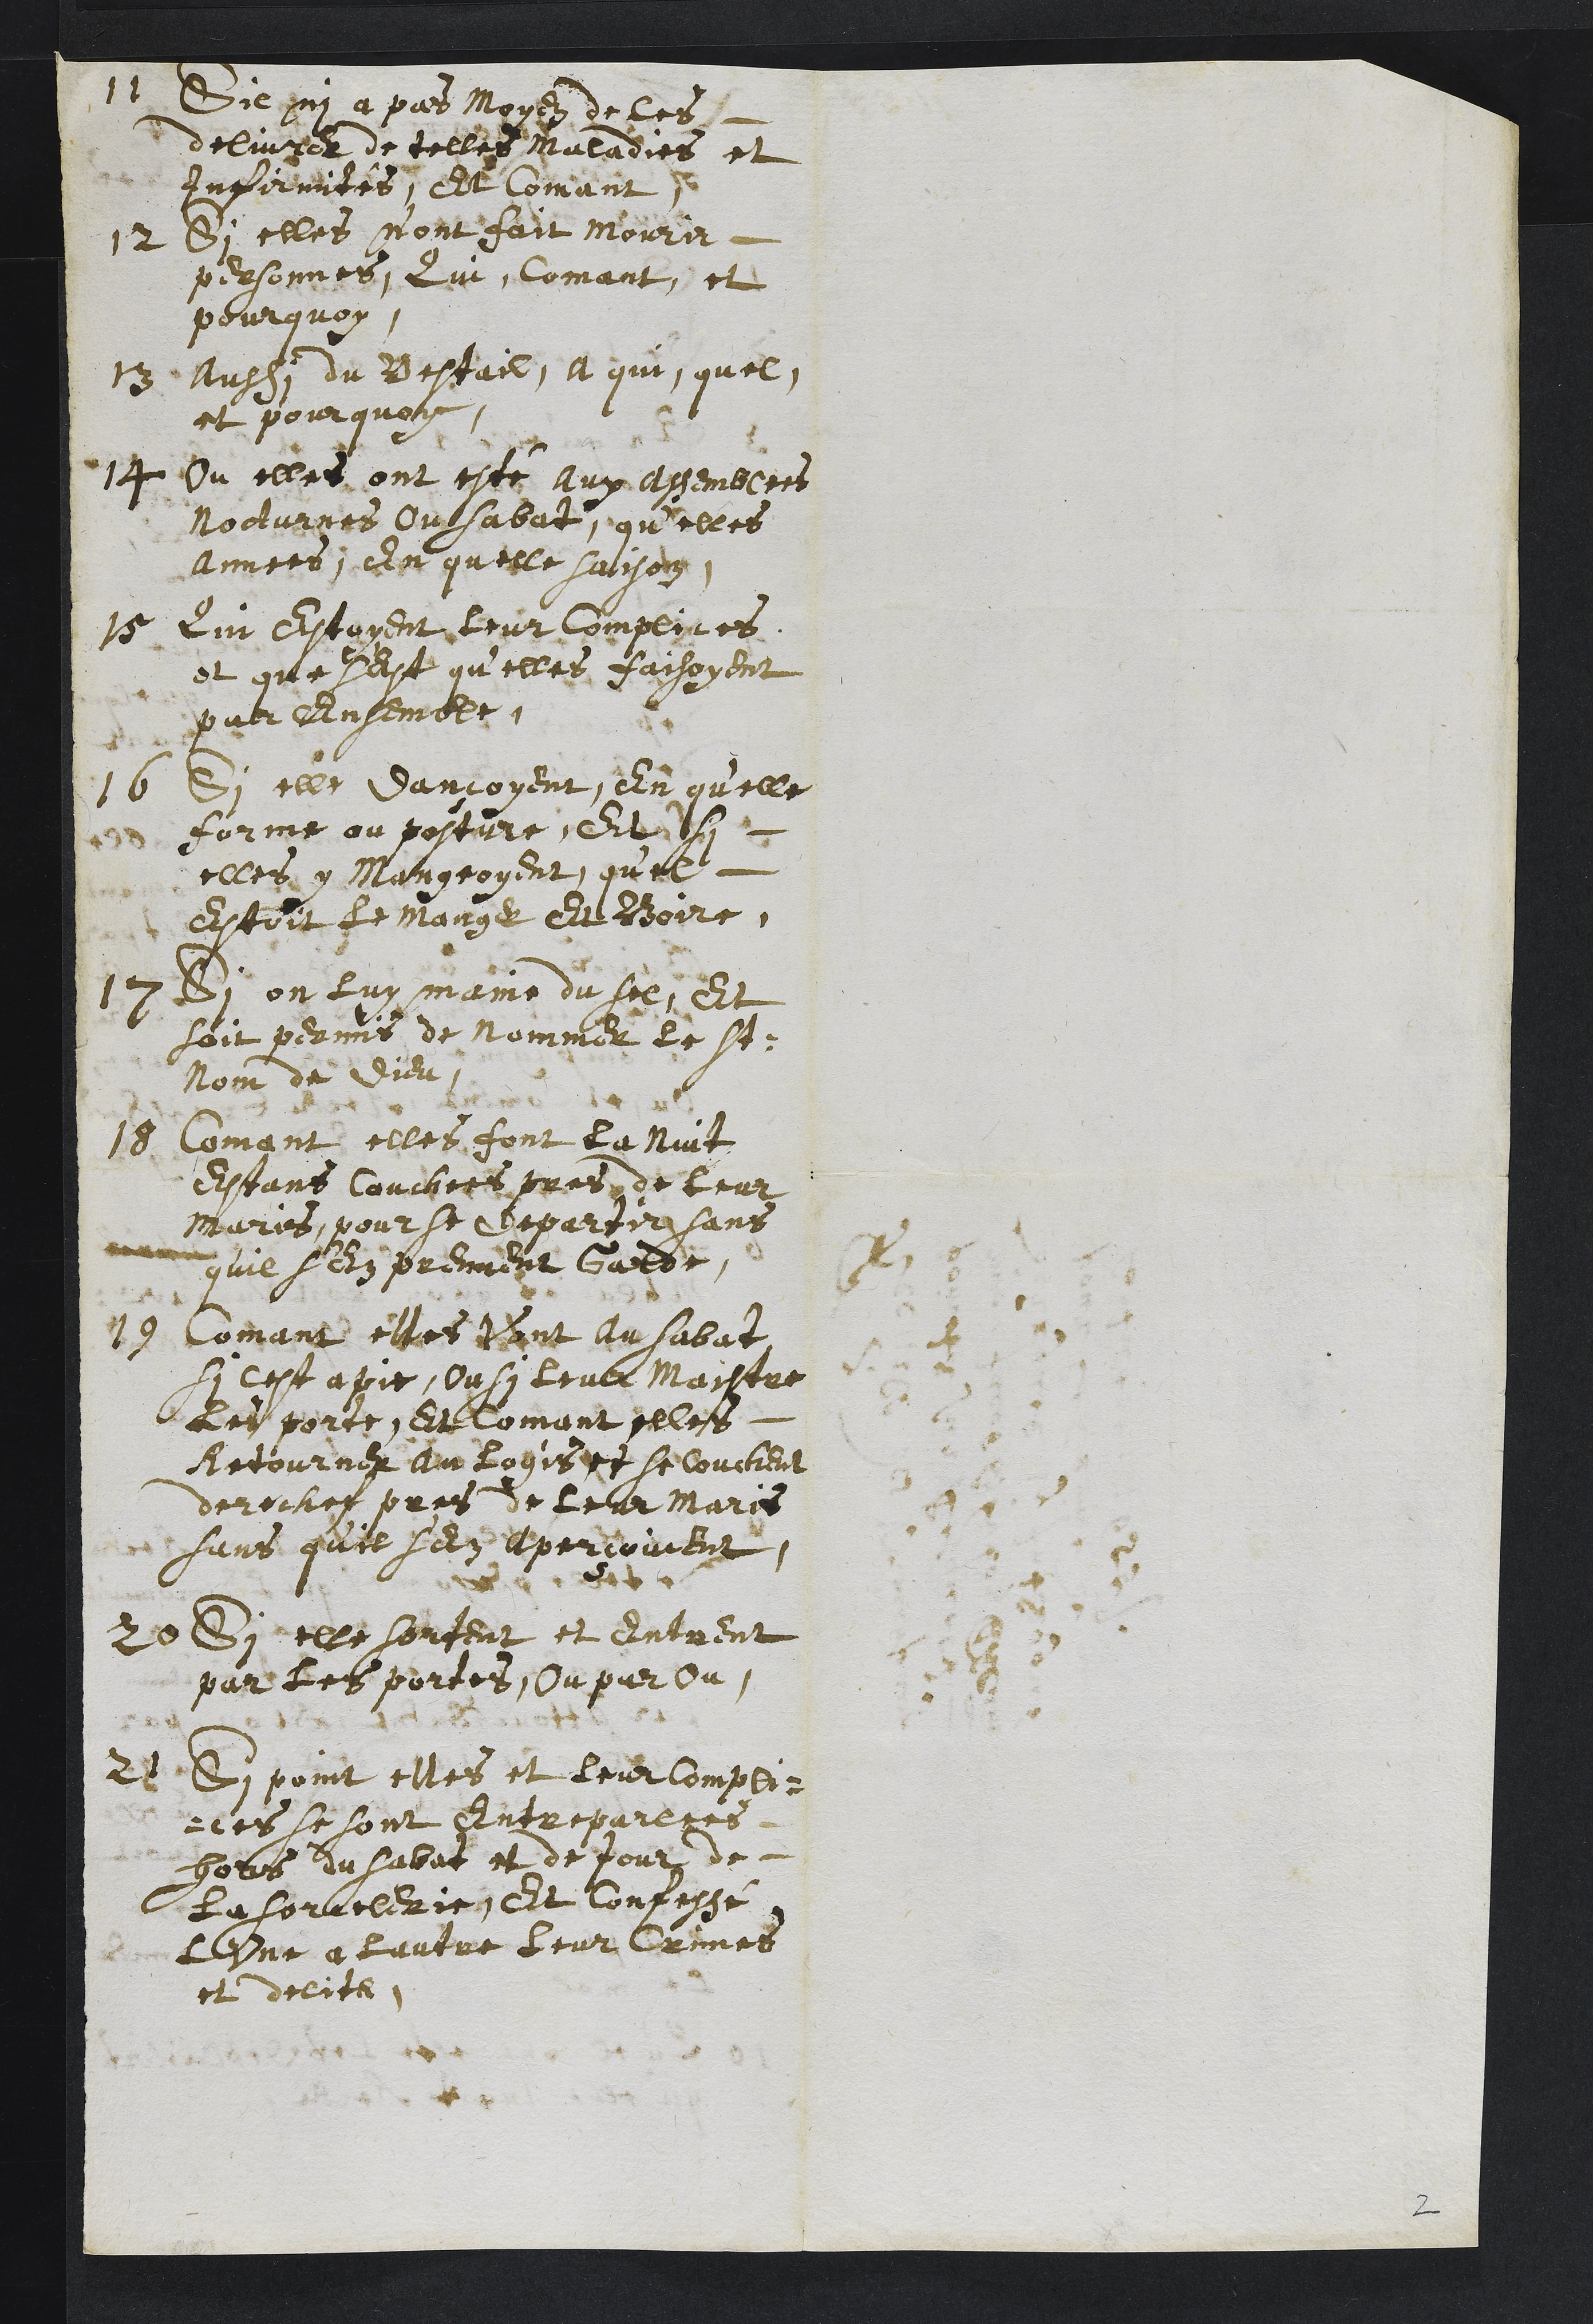
11 Sil ni a pas moyen de les
delivrer de telles maladies et
infirmites, Et comant
12 Si elles n'ont fait mourir
personnes, Qui, Comant et
pourquoy
13 Aussi du Bestail, a qui, quel
et pourquoy
14 Ou elles ont esté aux assemblees
Nocturnes Ou sabat, qu'elles
annees, en quelle saison
15 Qui estoyent leur complices
et que s'est qu'elles faisoyent
par ensemble
16 Si elle dançoyent, en qu'elle
forme ou posture, Et si
elles y mangeoyent, qu'el
estoit le manger et Boire
17 Si on luy maine du sel et
soit permis de nommer le St.
nom de Dieu
18 Comant elles font la nuit
Estans couchees pres de leur
maris, pour se departir sans
quil s'en prennent garde.
19 Comant elles Vont au sabat
si cet a pie, Ou si leur Maistre
les porte, Et comant elles
Retourner au logis et se couchent
derechef pres de leur Maris
sans qu'il s'en aperçoivent
20 Si elles sortent et entrent
par les portes, ou par ou
21 Si point elles et leur compli¬
ces se sont entreparlees
hors du sabat et de jour de
la sorcelerie Et confessé
l'Une a lautre leur Crimes
et delits
2